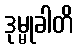
ဒုမ္မုခါတိ